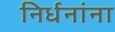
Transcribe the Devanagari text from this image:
निर्धनांना